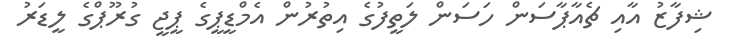
ޝިފާޒު އާއި ޗެއާޕާސަން ހަސަން ލަތީފުގެ އިތުރުން އެމްޑީޕީގެ ޕީޖީ ގުރޫޕްގެ ލީޑަރު